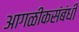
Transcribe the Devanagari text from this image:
आगळीकसंबंधी